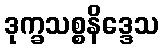
ဒုက္ခသစ္စနိဒ္ဒေသ